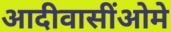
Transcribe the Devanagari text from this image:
आदीवासींओमे